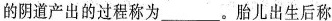
的阴道产出的过程称为___。胎儿出生后称